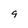
Character: 9